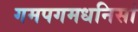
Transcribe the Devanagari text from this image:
गमपगमधनिसां